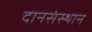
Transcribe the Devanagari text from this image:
दानसंस्थान